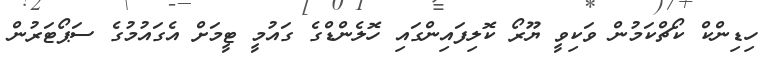
ހިޑިންކް ކޯޗްކަމުން ވަކިވީ ޔޫރޯ ކޮލިފައިންގައި ހޮލެންޑްގެ ގައުމީ ޓީމަށް އެގައުމުގެ ސަޕޯޓަރުން